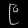
Digit: ၉